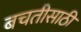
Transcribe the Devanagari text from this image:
बचतीसाठी